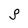
Character: S